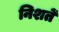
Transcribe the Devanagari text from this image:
निशतें